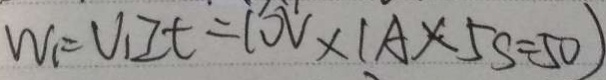
W _ { 1 } = V _ { 1 } I t = 1 0 V \times ( A \times 5 s = 5 0 )